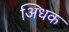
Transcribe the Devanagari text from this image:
अिधक